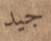
جيد